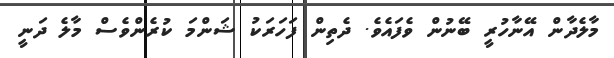
މާލެދާން އޭނާހުރީ ބޭނުން ވެފައެވެ. ދެތިން ފަހަރަކު ޝަންމަ ކުރެންވެސް މާލެ ދަނީ